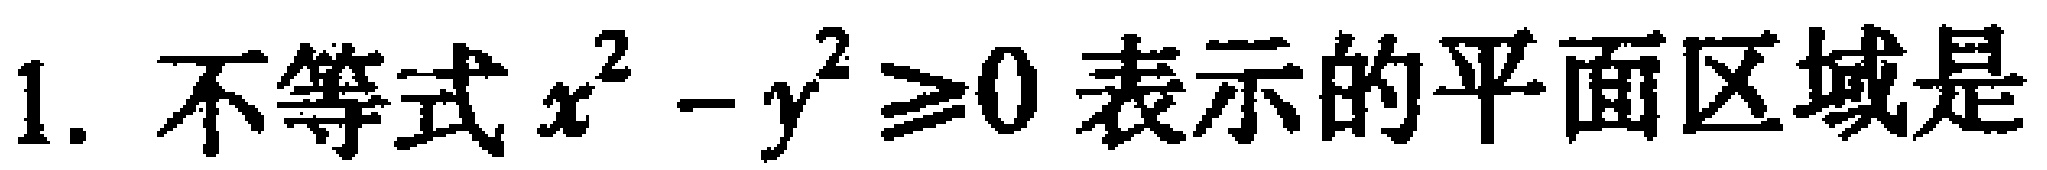
1. 不等式 \(x^{2}-y^{2}\geq0\) 表示的平面区域是